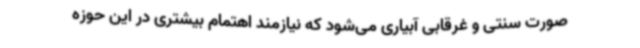
صورت سنتی و غرقابی آبیاری می‌شود که نیازمند اهتمام بیشتری در این حوزه